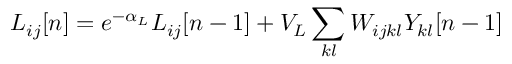
L _ { i j } [ n ] = e ^ { - \alpha _ { L } } L _ { i j } [ n - 1 ] + V _ { L } \sum _ { k l } W _ { i j k l } Y _ { k l } [ n - 1 ]